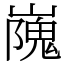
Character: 㠕